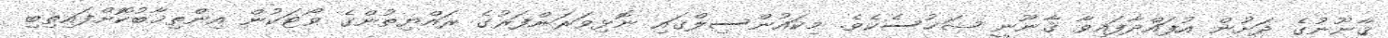
ޤާނޫނުގެ ދަށުން އުފައްދާފައިވާ ޤާނޫނީ ޝަޚުސެކެވެ. މިކައުންސިލްގައި ނޮޅިވަރަންފަރުގެ ރައްޔިތުންގެ ވޯޓަކުން އިންތިޚާބުކޮށްފައިތިބި